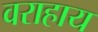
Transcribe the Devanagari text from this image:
वराहाय